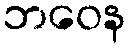
ဘဝေန